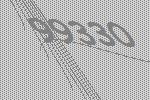
99330